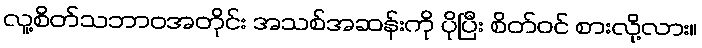
လူ့စိတ်သဘာဝအတိုင်း အသစ်အဆန်းကို ပိုပြီး စိတ်ဝင် စားလို့လား။